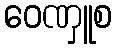
ဝေဏှူစ